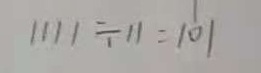
1 1 1 1 \div 1 1 = 1 0 1